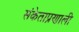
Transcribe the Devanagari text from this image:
संकेताप्रणाली